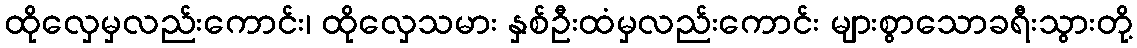
ထိုလှေမှလည်းကောင်း၊ ထိုလှေသမား နှစ်ဦးထံမှလည်းကောင်း များစွာသောခရီးသွားတို့